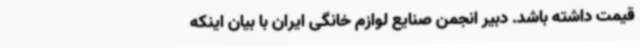
قیمت داشته باشد. دبیر انجمن صنایع لوازم خانگی ایران با بیان اینکه